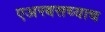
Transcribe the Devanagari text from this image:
एअरबसच्याच